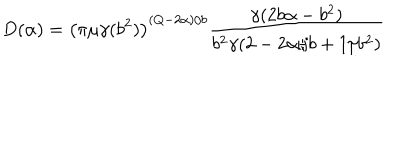
LaTeX: D ( \alpha ) = \left( \pi \mu \gamma ( b ^ { 2 } ) \right) ^ { ( Q - 2 \alpha ) / b } \frac { \gamma ( 2 b \alpha - b ^ { 2 } ) } { b ^ { 2 } \gamma ( 2 - 2 \alpha / b + 1 / b ^ { 2 } ) }